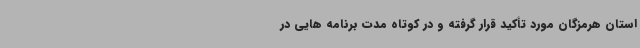
استان هرمزگان مورد تأکید قرار گرفته و در کوتاه مدت برنامه هایی در